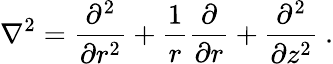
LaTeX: \nabla^{2}=\frac{\partial^{2}}{\partial r^{2}}+\frac{1}{r}\frac{\partial}{\partial r}+\frac{\partial^{2}}{\partial z^{2}}\ .